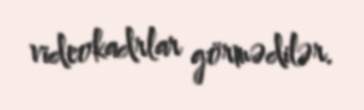
videokadrlar görmədilər.